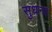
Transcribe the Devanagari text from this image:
सुधन्य